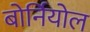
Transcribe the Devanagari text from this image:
बोर्नियोल